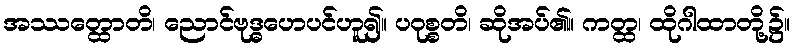
အဿတ္ထောတိ၊ ညောင်ဗုဒ္ဓဟေပင်ဟူ၍။ ပဝုစ္စတိ၊ ဆိုအပ်၏။ ကတ္ထ၊ ထိုဂါထာတို့၌။